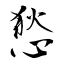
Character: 悐